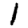
Digit: 1